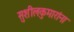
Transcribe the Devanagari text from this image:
सुशीलकुमारांना